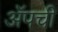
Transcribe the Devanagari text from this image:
ॲपची